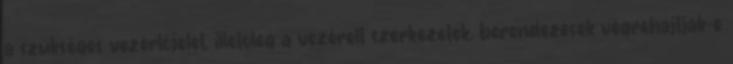
a szükséges vezérlõjelet, illetõleg a vezérelt szerkezetek, berendezések végrehajtják-e